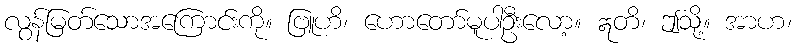
လွန်မြတ်သောအကြောင်းကို။ ဗြူဟိ၊ ဟောတော်မူပါဦးလော့။ ဣတိ၊ ဤသို့။ အာဟ၊